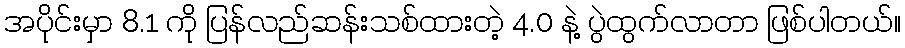
အပိုင်းမှာ 8.1 ကို ပြန်လည်ဆန်းသစ်ထားတဲ့ 4.0 နဲ့ ပွဲထွက်လာတာ ဖြစ်ပါတယ်။